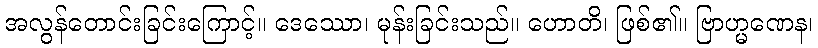
အလွန်တောင်းခြင်းကြောင့်။ ဒေဿော၊ မုန်းခြင်းသည်။ ဟောတိ၊ ဖြစ်၏။ ဗြာဟ္မဏေန၊